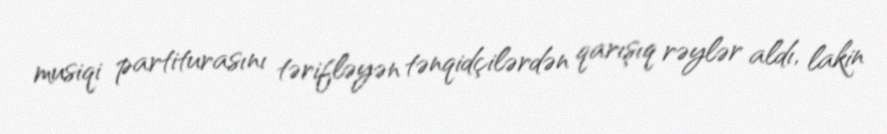
musiqi partiturasını tərifləyən tənqidçilərdən qarışıq rəylər aldı, lakin